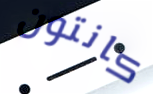
كانتون